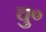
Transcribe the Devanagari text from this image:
चु०